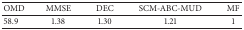
<table><thead><tr><td><b>OMD</b></td><td><b>MMSE</b></td><td><b>DEC</b></td><td><b>SCM-ABC-MUD</b></td><td><b>MF</b></td></tr></thead><tbody><tr><td>58.9</td><td>1.38</td><td>1.30</td><td>1.21</td><td>1</td></tr></tbody></table>